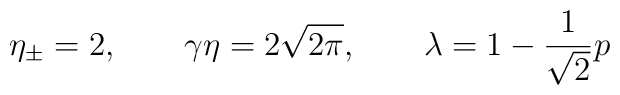
\eta_{\pm} = 2 , \qquad \gamma\eta = 2 \sqrt{2 \pi} , \qquad\lambda = 1 - \frac{1}{\sqrt{2}} p